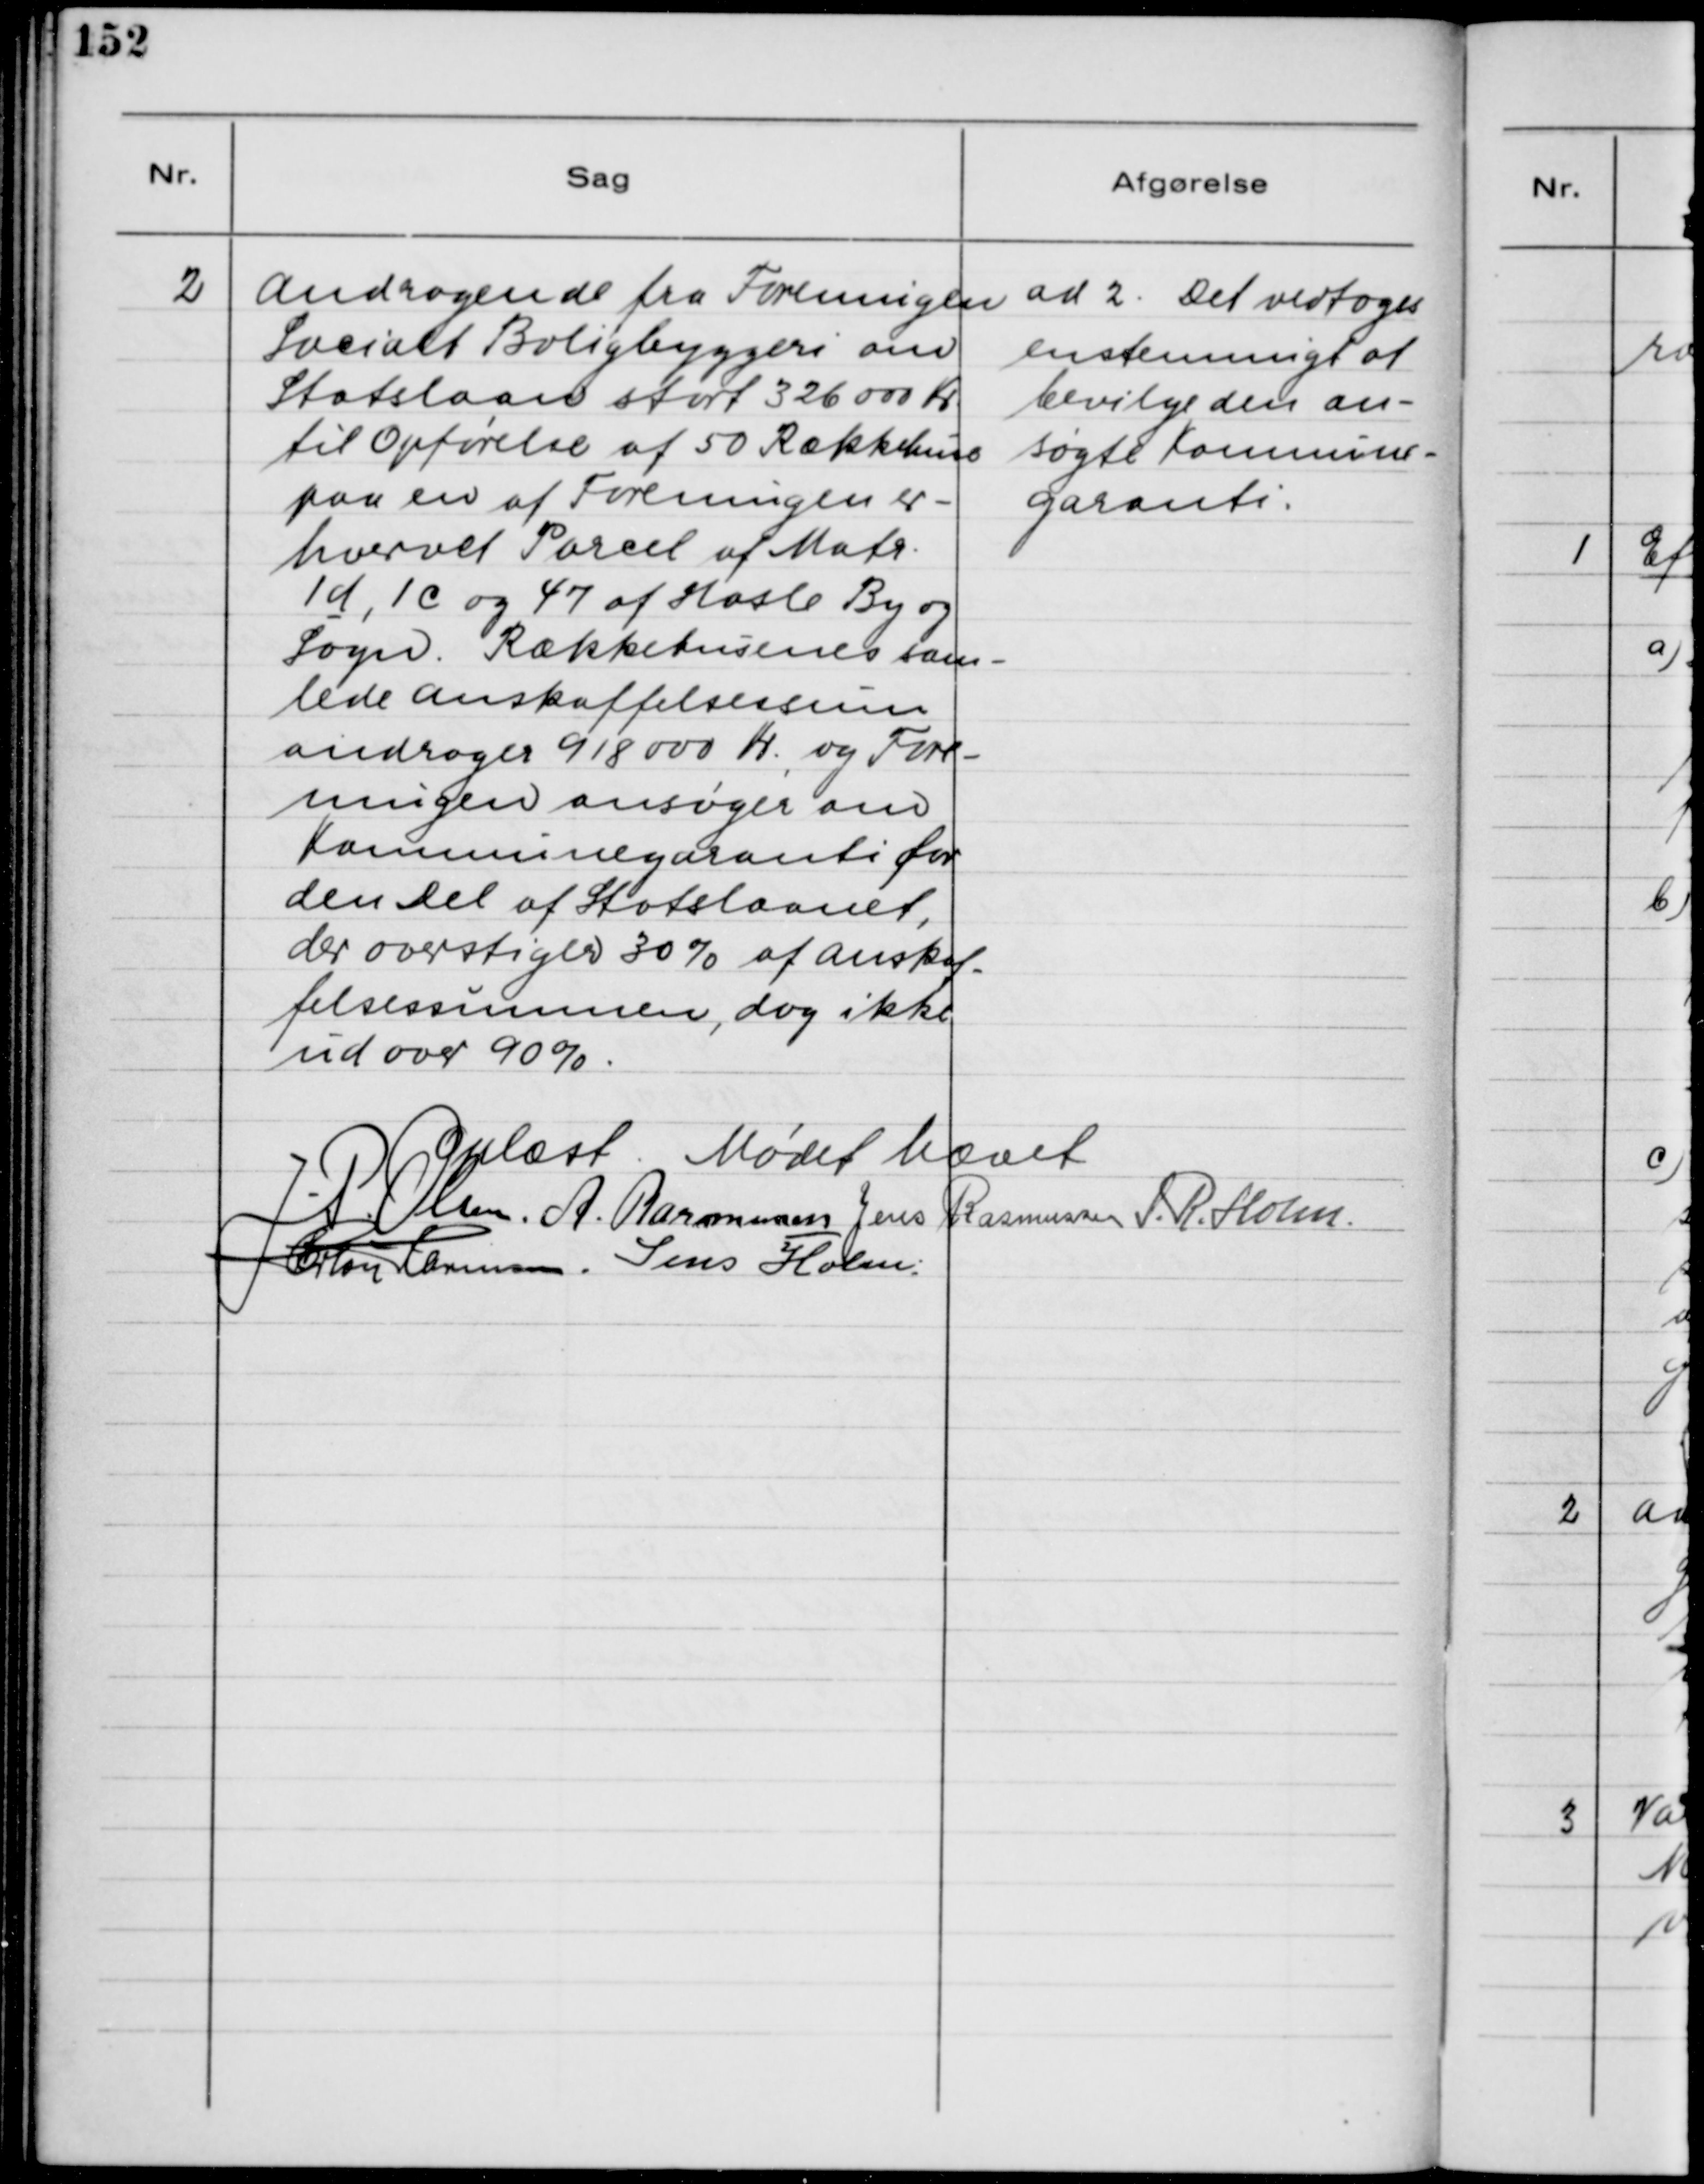
Transskription:
2. Andragende fra Foreningen
Socialt Boligbyggeri om
Statslaan stort 326.000 Kr.
til Opførelse af 50 Rækkehuse
paa en af Foreningen er-
hvervet Parcel af Matr.
1d, 1 C og 47 af Hasle By og
Sogn. Rækkehusenes sam-
lede Anskaffelsessum
andrager 918.000 Kr. og Fore-
ningen ansøger om
Kommunegaranti for
den Del af Statslaanet,
der overstiger 30 % af Anskaf-
felsessummen, dog ikke
ud over 90 %.

ad 2. Det vedtoges
ensstemmigt at
bevilge den an-
søgte Kommune-
garanti.

Oplæst. Mødet hævet.